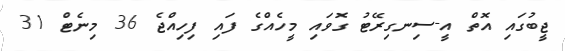
ޖީބުގައި އޮތް އީ-ސިނގިރޭޓު ގޮވައި މީހެއްގެ ފައި ފިހިއްޖެ 36 މިނެޓް 31